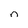
Character: n